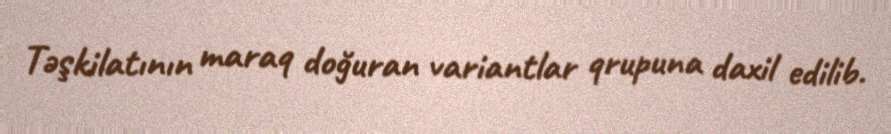
Təşkilatının maraq doğuran variantlar qrupuna daxil edilib.